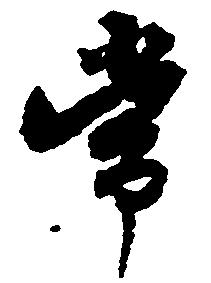
常